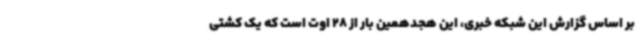
بر اساس گزارش این شبکه خبری، این هجدهمین بار از 28 اوت است که یک کشتی